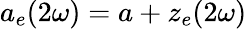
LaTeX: a_{e}(2\omega)=a+z_{e}(2\omega)